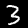
Label: 3